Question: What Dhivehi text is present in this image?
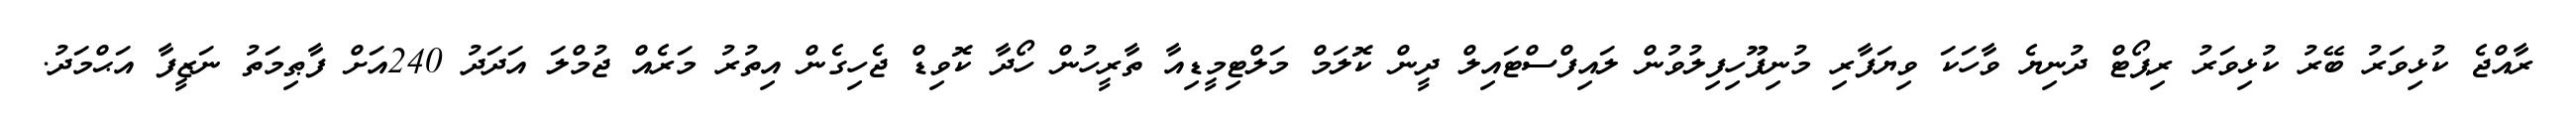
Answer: ރާއްޖެ ކުޅިވަރު ބޭރު ކުޅިވަރު ރިޕޯޓް ދުނިޔެ ވާހަކަ ވިޔަފާރި މުނިފޫހިފިލުވުން ލައިފްސްޓައިލް ދީން ކޮލަމް މަލްޓިމީޑިއާ ތާރީހުން ހޯދާ ކޮވިޑް ޖެހިގެން އިތުރު މަރެއް ޖުމްލަ އަދަދު 240އަށް ފާޠިމަތު ނަޒީފާ އަޙްމަދު.